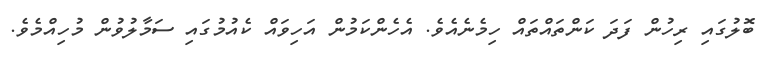
ބޮލުގައި ރިހުން ފަދަ ކަންތައްތައް ހިމެނެއެވެ. އެހެންކަމުން އަހިވައް ކެއުމުގައި ސަމާލުވުން މުހިއްމެވެ.